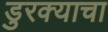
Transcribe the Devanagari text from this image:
डुरक्याचा